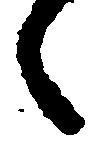
々